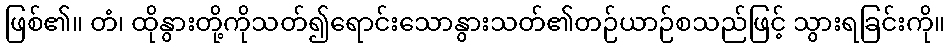
ဖြစ်၏။ တံ၊ ထိုနွားတို့ကိုသတ်၍ရောင်းသောနွားသတ်၏တဉ်ယာဉ်စသည်ဖြင့် သွားရခြင်းကို။